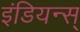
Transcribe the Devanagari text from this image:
इंडियन्स्